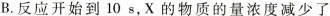
B.反应开始到10s，X的物质的量浓度减少了